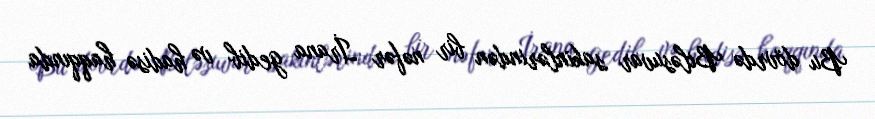
Bu dövrdə Biləsuvar sakinlərindən bir nəfər İrana gedib və hadisə haqqında